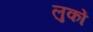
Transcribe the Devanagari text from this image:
लुकों